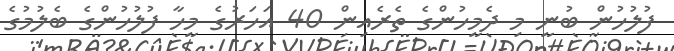
ފުލުހުން ބުނީ މި ދެމީހުންގެ ތެރެއިން 40 އަހަރުގެ މީހާ ފުލުހުންގެ ބެލުމުގެ